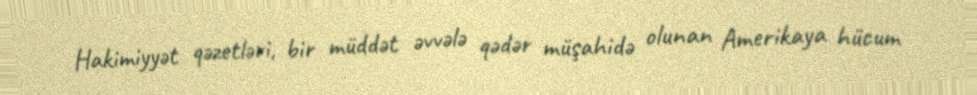
Hakimiyyət qəzetləri, bir müddət əvvələ qədər müşahidə olunan Amerikaya hücum